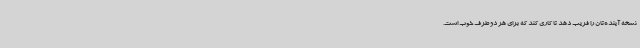
نسخه آینده‌تان را فریب دهد تا کاری کند که برای هر دو طرف خوب است.